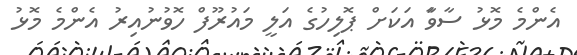
އެންމެ މޮޅު ސާވަާ އަކަށް ޕޮލިހުގެ އަލީ މައުރޫފް ހޮވުނުއިރު އެންމެ މޮޅު